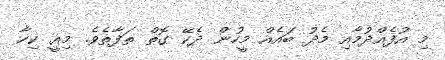
މި އުފެއްދުމާއި މެދު ބައެއް މީހުން ދެކޭ ގޮތް ތަފާތެވެ. މިއީ ކިހާ